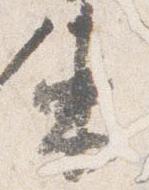
束